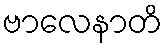
ဗာလေနာတိ